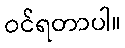
ဝင်ရတာပါ။